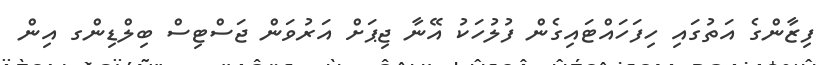
ފިޒާންގެ އަތުގައި ހިފަހައްޓައިގެން ފުލުހަކު އޭނާ ޖިޕަށް އަރުވަން ޖަސްޓިސް ބިލްޑިންގ އިން